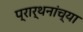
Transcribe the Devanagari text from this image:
प्रार्थनांच्या